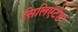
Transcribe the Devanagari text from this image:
सिलिएटेड